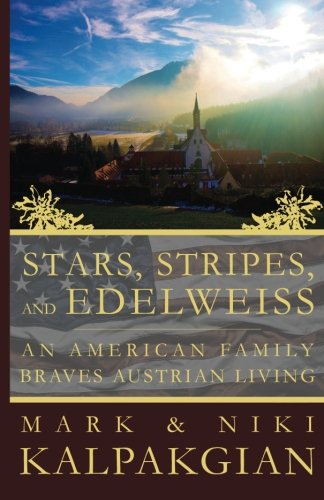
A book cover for Stars, Stripes and Edelweiss: An American Family Braves Austrian Living; Mark & Niki Kalpakgian; Travel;